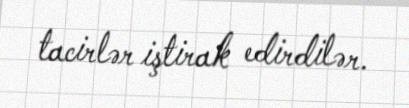
tacirlər iştirak edirdilər.